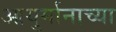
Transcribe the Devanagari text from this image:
आयुर्मानाच्या